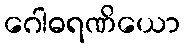
ဂေါဓရဏိယော